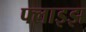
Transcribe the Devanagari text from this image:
फ्लाइझ